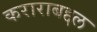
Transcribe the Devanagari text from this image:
कराराबद्दल